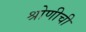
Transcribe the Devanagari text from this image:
श्रोणीची